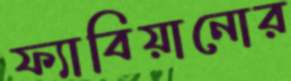
ফ্যাবিয়ানোর